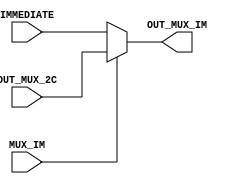
//E/16/078
//mux to check whether immediate value or output of mux_2scomplememnt (OUT_MUX_2C) to be output

module mux_immediate (IMMEDIATE, OUT_MUX_2C, MUX_IM, OUT_MUX_IM);

	//port declaration
	input [7:0]IMMEDIATE;
	input [7:0]OUT_MUX_2C;
	input MUX_IM;
	
	output [7:0]OUT_MUX_IM;
	
	//specify output to a register
	reg [7:0]OUT_MUX_IM;
	

	//check output
	always @(IMMEDIATE,OUT_MUX_2C,MUX_IM)
	begin
	
		//output immediate
		if (MUX_IM == 1'b0)
			begin
				OUT_MUX_IM = IMMEDIATE;
			end
		
		//output of mux_2scomplememnt (OUT_MUX_2C)
		else
			begin
				OUT_MUX_IM = OUT_MUX_2C;
			end
		end
	
	
	
endmodule